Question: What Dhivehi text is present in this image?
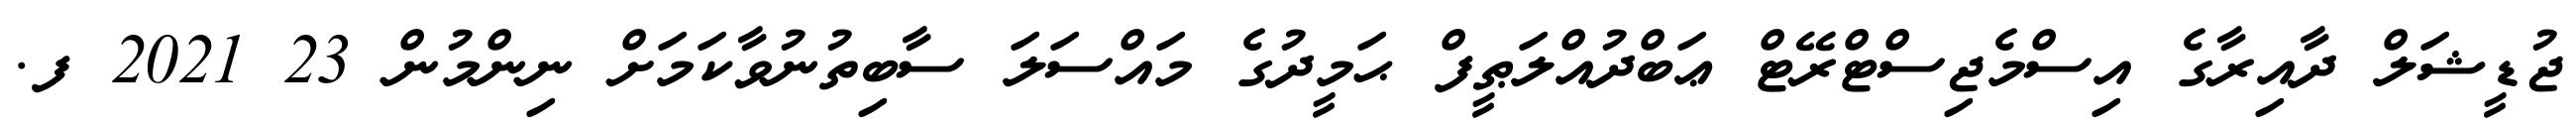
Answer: ޖުޑީޝަލް ދާއިރާގެ އިސްމެޖިސްޓްރޭޓް ޢަބްދުއްލަޠީފް ޙަމީދުގެ މައްސަލަ ސާބިތުނުވާކަމަށް ނިންމުން 23 2021 ފ.